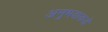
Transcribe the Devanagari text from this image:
अनुभवाकडे